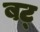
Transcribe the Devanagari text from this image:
बट्